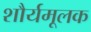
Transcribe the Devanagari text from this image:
शौर्यमूलक